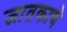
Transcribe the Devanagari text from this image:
जातकाचे